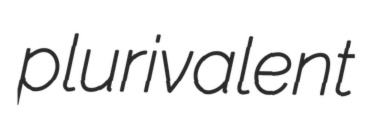
plurivalent